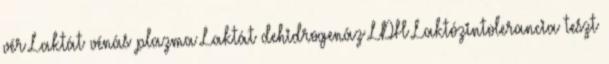
vér Laktát vénás plazma Laktát dehidrogenáz LDH Laktózintolerancia teszt